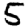
Digit: 5